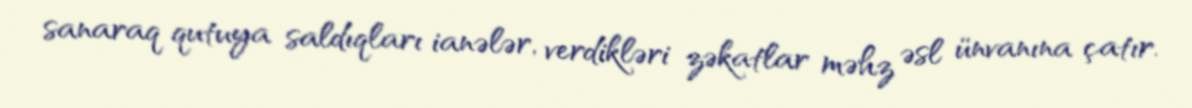
sanaraq qutuya saldıqları ianələr, verdikləri zəkatlar məhz əsl ünvanına çatır.